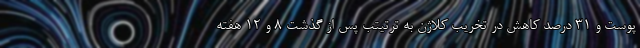
پوست و 31 درصد کاهش در تخریب کلاژن به ترتیتب پس از گذشت 8 و 12 هفته